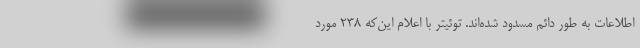
اطلاعات به طور دائم مسدود شده‌اند. توئیتر با اعلام این‌که ۲۳۸ مورد